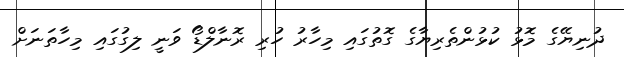
ދުނިޔޭގެ މޮޅު ކުޅުންތެރިޔާގެ ގޮތުގައި މިހާރު ހުރި ރޮނާލްޑޯ ވަނީ ލިގުގައި މިހާތަނަށް